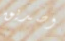
وصديق